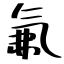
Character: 氟